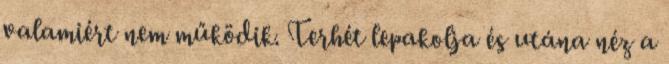
valamiért nem működik. Terhét lepakolja és utána néz a